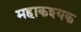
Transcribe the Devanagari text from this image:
महाकश्यक